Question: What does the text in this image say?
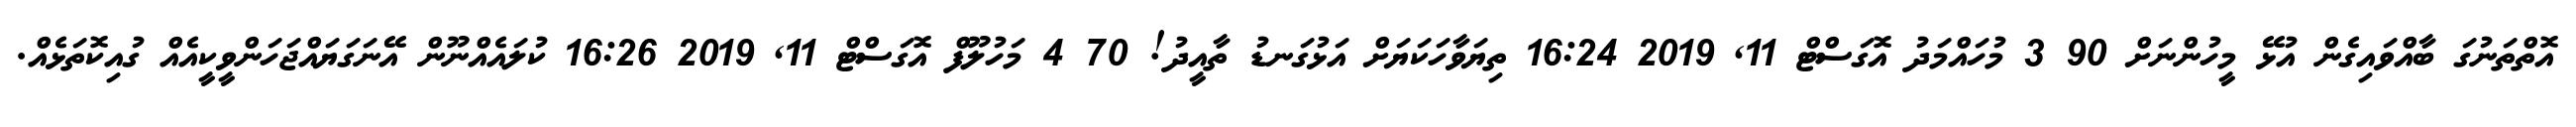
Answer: އޮތްތަނުގަ ބާއްވައިގެން އުޅޭ މީހުންނަށް 90 3 މުހައްމަދު އޮގަސްޓް 11, 2019 16:24 ތިޔަވާހަކަޔަށް އަޅުގަނޑު ތާއީދު! 70 4 މަހުލޫފް އޮގަސްޓް 11, 2019 16:26 ކުލައެއްނޫން އޭނަގަޔައްޖަހަންވީކީއެއް ގުއިކޮތަޅެއް.